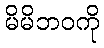
မိမိဘဝကို